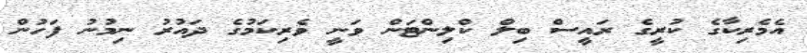
އެމެރިކާގެ ކުރީގެ ރައީސް ބިލް ކްލިންޓަން ވަނީ ވެރިކަމުގެ ދައުރު ނިމުނު ފަހުން